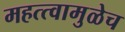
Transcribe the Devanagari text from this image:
महत्त्वामुळेच